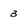
Character: 3